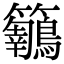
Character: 𪈅